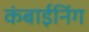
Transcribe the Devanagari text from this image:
कंबाईनिंग